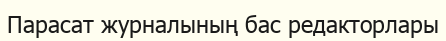
Парасат журналының бас редакторлары